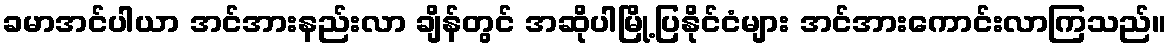
ခမာအင်ပါယာ အင်အားနည်းလာ ချိန်တွင် အဆိုပါမြို့ပြနိုင်ငံများ အင်အားကောင်းလာကြသည်။